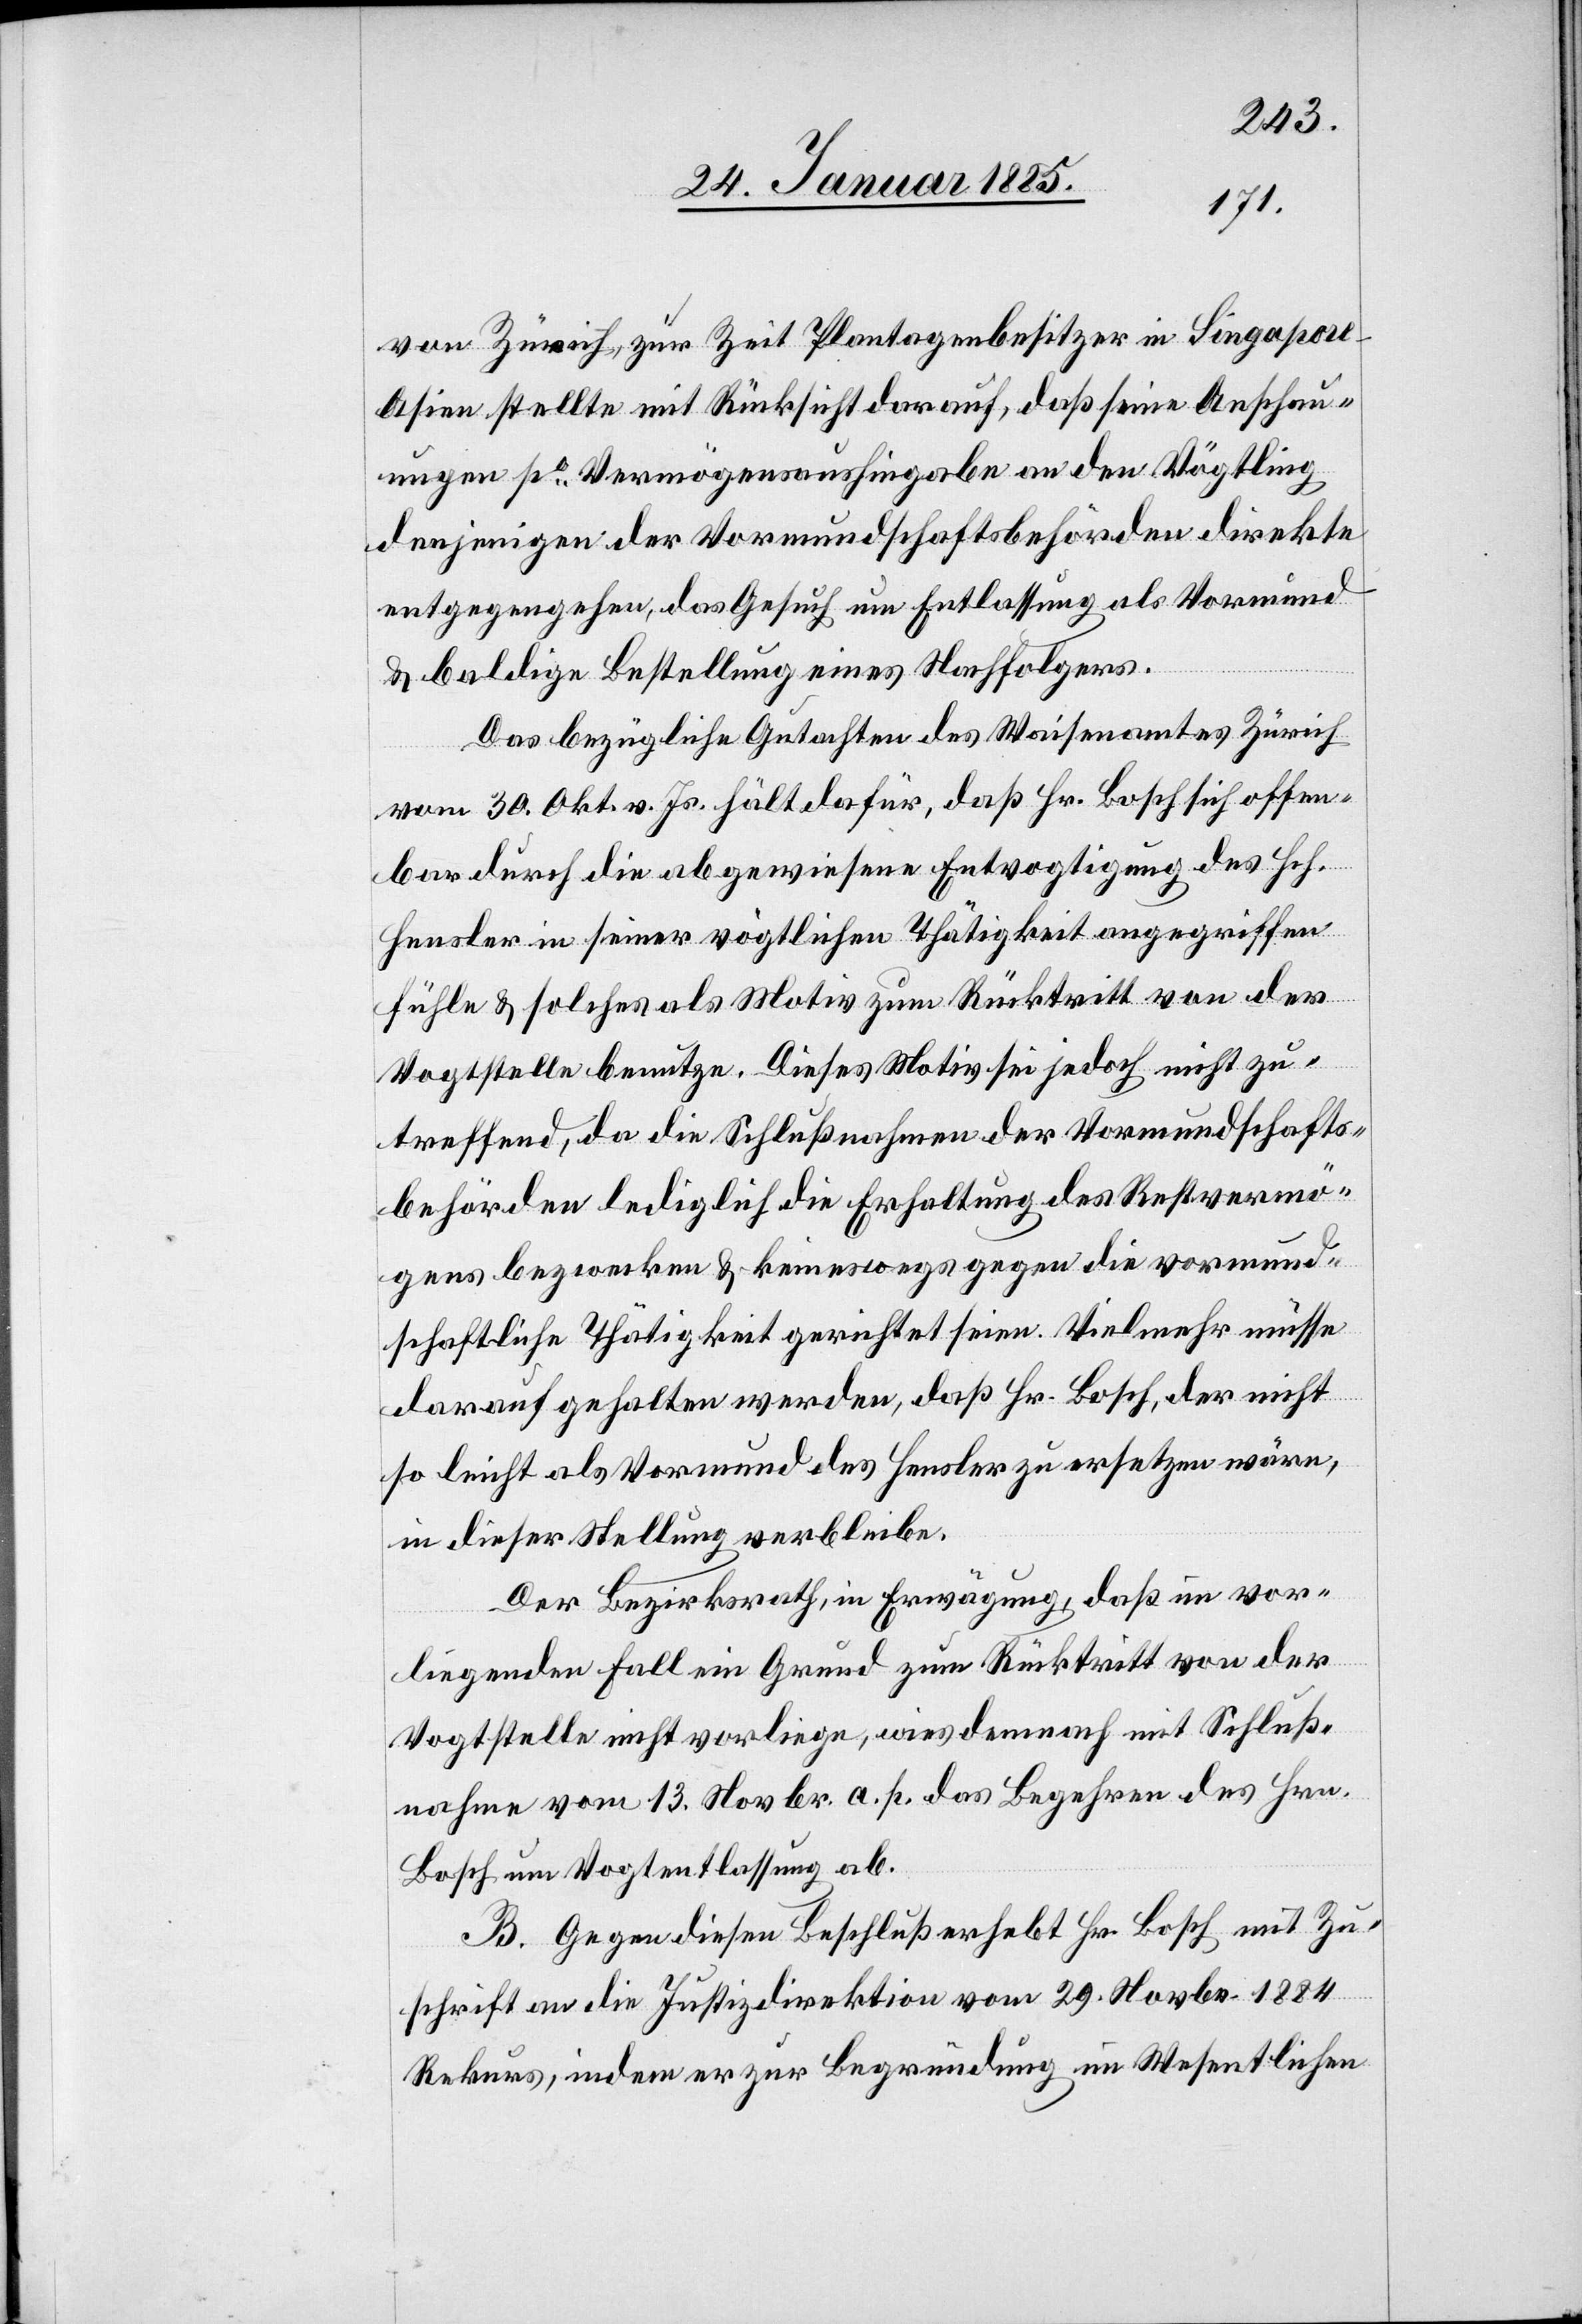
von Zürich, zur Zeit Plantagenbesitzer in Singapore
Asien stellte mit Rücksicht darauf, daß seine Anschau¬
ungen po Vermögensaushingabe an den Vögtling
denjenigen der Vormundschaftsbehörden direkte
entgegengehen, das Gesuch um Entlassung als Vormund
& baldige Bestellung eines Nachfolgers.
Das bezügliche Gutachten des Waisenamtes Zürich
vom 30. Okt. v. Js. hält dafür, daß Hr. Bosch sich offen¬
bar durch die abgewiesene Entvogtigung des Hch.
Hensler in seiner vögtlichen Thätigkeit angegriffen
fühle & solches als Motiv zum Rücktritt von der
Vogtstelle benutze. Dieses Motiv sei jedoch nicht zu¬
treffend, da die Schlußnahmen der Vormundschafts¬
behörden lediglich die Erhaltung des Restvermö¬
gens bezwecken & keineswegs gegen die vormund¬
schaftliche Thätigkeit gerichtet seien. Vielmehr müsse
darauf gehalten werden, daß Hr. Bosch, der nicht
so leicht als Vormund des Hensler zu ersetzen wäre,
in dieser Stellung verbleibe.
Der Bezirksrath, in Erwägung, daß im vor¬
liegenden Fall ein Grund zum Rücktritt von der
Vogtstelle nicht vorliege, wies demnach mit Schluß¬
nahme vom 13. Novbr. a. p. das Begehren des Hrn.
Bosch um Vogtentlassung ab.
B. Gegen diesen Beschluß erhebt Hr. Bosch mit Zu¬
schrift an die Justizdirektion vom 29. Novbr. 1884
Rekurs, indem er zur Begründung im Wesentlichen